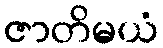
ဇာတိမယံ